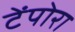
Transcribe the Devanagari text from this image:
टेंपोरा